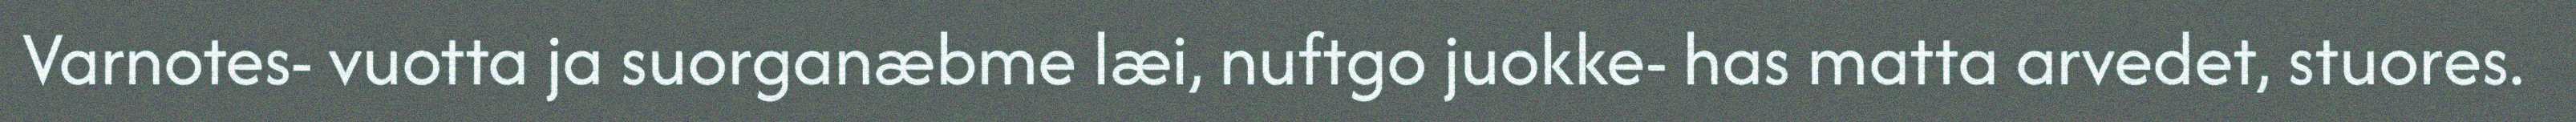
Varnotes- vuotta ja suorganæbme læi, nuftgo juokke- has matta arvedet, stuores.